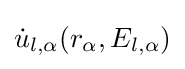
{\dot {u}}_{l,\alpha }(r_{\alpha },E_{l,\alpha })